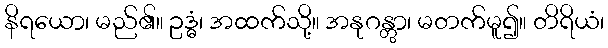
နိရယော၊ မည်၏။ ဥဒ္ဓံ၊ အထက်သို့။ အနုဂန္တွာ၊ မတက်မူ၍။ တိရိယံ၊